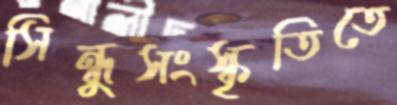
সিন্ধুসংস্কৃতিতে